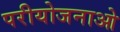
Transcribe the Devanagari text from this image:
परीयोजनाओ